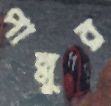
পান্নুর